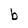
Character: b